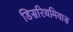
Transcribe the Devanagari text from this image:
डिसरिथमियास